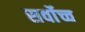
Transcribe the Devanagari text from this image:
सर्वाेच्च